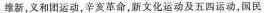
维新，义和团运动，辛亥革命，新文化运动及五四运动，国民